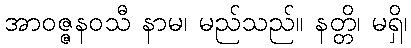
အာဝဇ္ဇနဝသီ နာမ၊ မည်သည်။ နတ္တိ၊ မရှိ၊